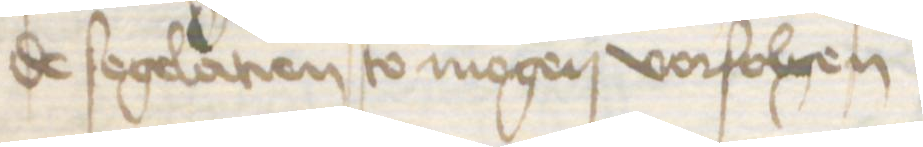
de segelatien to mogen vorfolgen